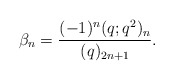
\begin{align*} \beta_n = \frac{(-1)^n(q;q^2)_n}{(q)_{2n+1}}.\end{align*}